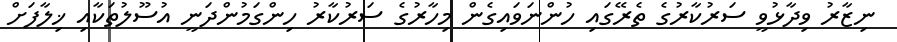
ނިޒާރު ވިދާޅުވީ ސަރުކާރުގެ ތެރޭގައި ހުންނަވައިގެން މިހާރުގެ ސަރުކާރު ހިންގަމުންދަނީ އުސޫލުތަކާއި ޚިލާފަށް